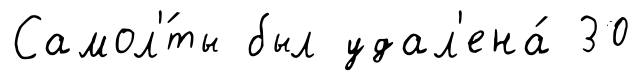
Самол'́ты был удал'ена́ 30